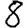
Digit: 8